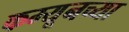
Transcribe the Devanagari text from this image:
कम्यूनच्या